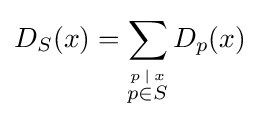
D_{S}(x)=\sum _{\stackrel {p\,\mid \,x}{p\in S}}D_{p}(x)